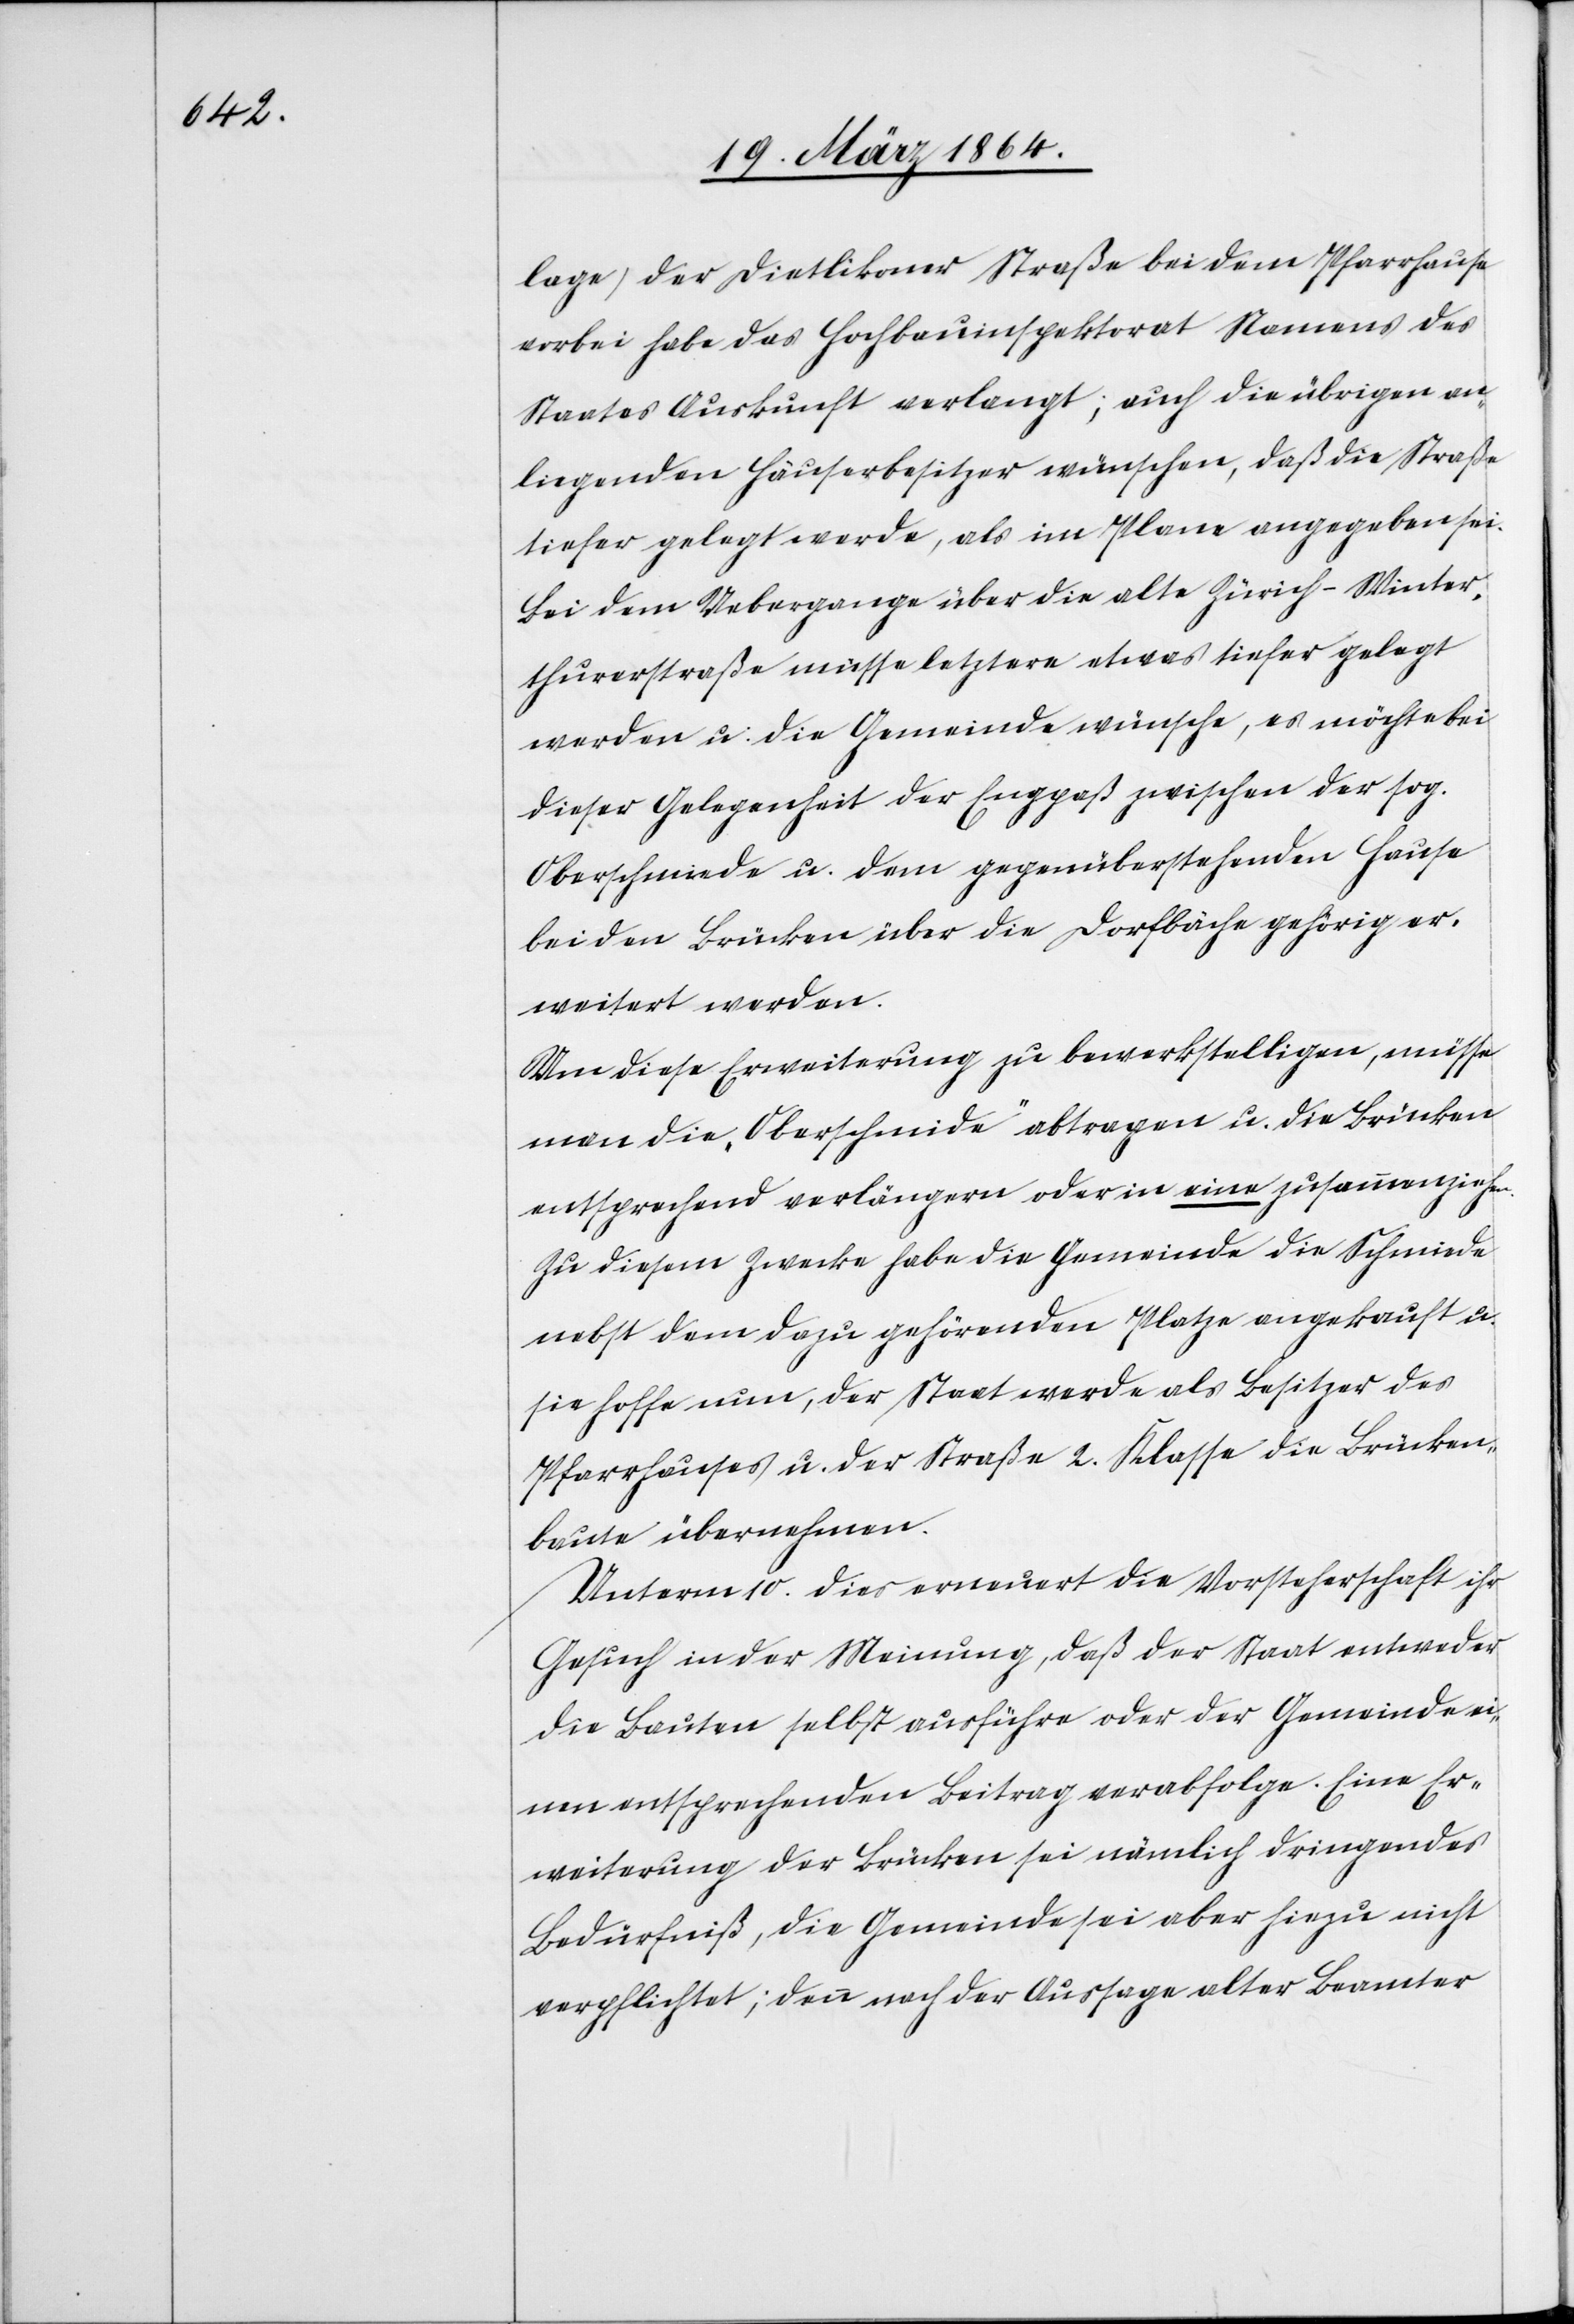
lage) der Dietlikoner Straße bei dem Pfarrhause
vorbei habe das Hochbauinspektorat Namens des
Staates Auskunft verlangt; auch die übrigen an¬
liegenden Häuserbesitzer wünschen, daß die Straße
tiefer gelegt werde, als im Plane angegeben sei.
Bei dem Uebergange über die alte Zürich–Winter¬
thurerstraße müsse letztere etwas tiefer gelegt
werden u. die Gemeinde wünsche, es möchte bei
dieser Gelegenheit der Engpaß zwischen der sog.
Oberschmiede u. dem gegenüberstehenden Hause
bei den Brücken über die Dorfbrücke gehörig er¬
weitert werden.
Um diese Erweiterung zu bewerkstelligen, müsse
man die „Oberschmide“ abtragen u. die Brücken
entsprechend verlängern oder in eine zusammenziehen.
Zu diesem Zwecke habe die Gemeinde die Schmiede
nebst dem dazu gehörenden Platze angekauft u.
sie hoffe nun, der Staat werde als Besitzer des
Pfarrhauses u. der Straße 2. Klasse die Brücken¬
baute übernehmen.
Unterm 10. dies erneuert die Vorsteherschaft ihr
Gesuch in der Meinung, daß der Staat entweder
die Bauten selbst ausführe oder der Gemeinde ei¬
nen entsprechenden Beitrag verabfolge. Eine Er¬
weiterung der Brücken sei nämlich dringendes
Bedürfniß, die Gemeinde sei aber hiezu nicht
verpflichtet; denn nach der Aussage alter Beamter